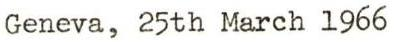
Geneva, 25th March 1966